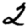
Digit: 2